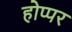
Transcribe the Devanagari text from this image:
होप्पर